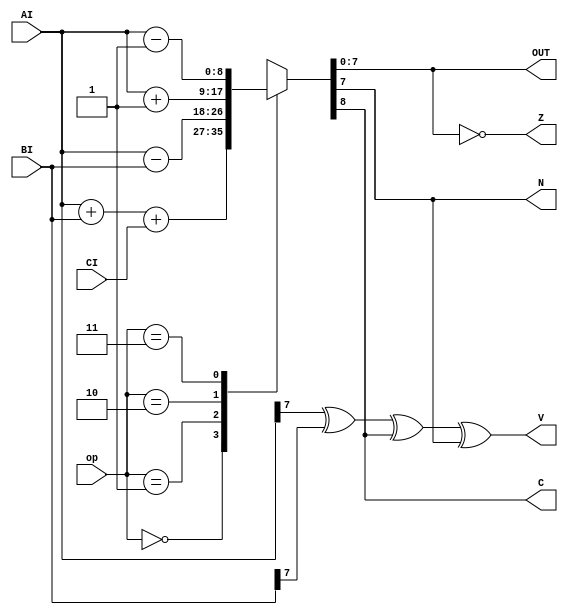
module ALU (op, AI, BI, CI, OUT, C, Z, N, V);

    input [1:0] op;
    input [7:0] AI;
    input [7:0] BI;
    input CI;
    output reg [7:0] OUT;
    output reg C;
    output Z;
    output N;
    output V;

    always @ ( * ) begin
        case (op)
            2'b00: {C, OUT} <= AI + BI + CI;
            2'b01: {C, OUT} <= AI - BI;
            2'b10: {C, OUT} <= AI + 1;
            2'b11: {C, OUT} <= AI - 1;
        endcase
    end

    assign Z = OUT == 7'h0;
    assign N = OUT[7];
    assign V = AI[7] ^ BI[7] ^ C ^ N;

endmodule